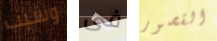
وسبب فى القصور